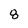
Character: 8